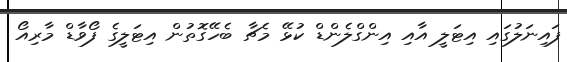
ފައިނަލުގައި އިޓަލީ އާއި އިންގްލެންޑް ކުޅޭ މެޗާ ބެހޭގޮތުން އިޓަލީގެ ފޯވާޑް މާރިއޯ